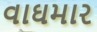
વાઘમાર